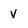
Character: y